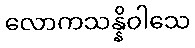
လောကသန္နိဝါသေ